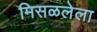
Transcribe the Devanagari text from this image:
मिसळलेला